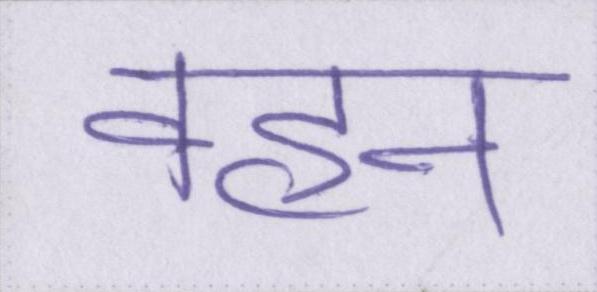
वहन